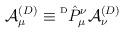
LaTeX: \begin{align*}{\cal A}^{(D)}_{\mu} \equiv \raisebox{2.0mm}{{\tiny D}}\hat{P}^{\nu}_{\mu}{\cal A}^{(D)}_{\nu}\end{align*}